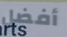
أفضل